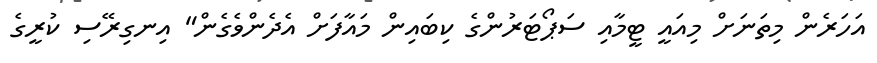
އަހަރެން މިތަނަށް މިއައީ ޓީމާއި ސަޕޯޓަރުންގެ ކިބައިން މައާފަށް އެދެންވެގެން" އިނގިރޭސި ކުރީގެ